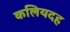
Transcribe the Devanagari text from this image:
कलियदह